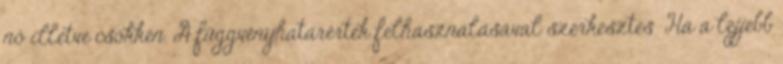
nő illetve csökken. A függvényhatárérték felhasználásával szerkesztés Ha a lejjebb